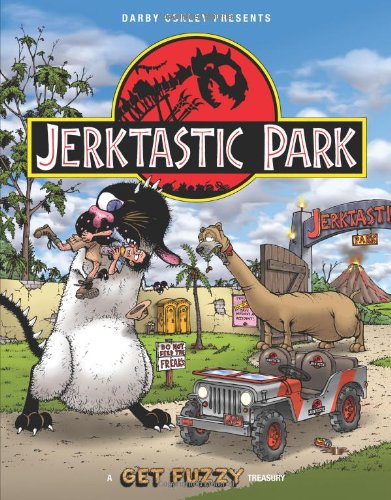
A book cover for Jerktastic Park: A Get Fuzzy Treasury; Darby Conley; Comics & Graphic Novels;